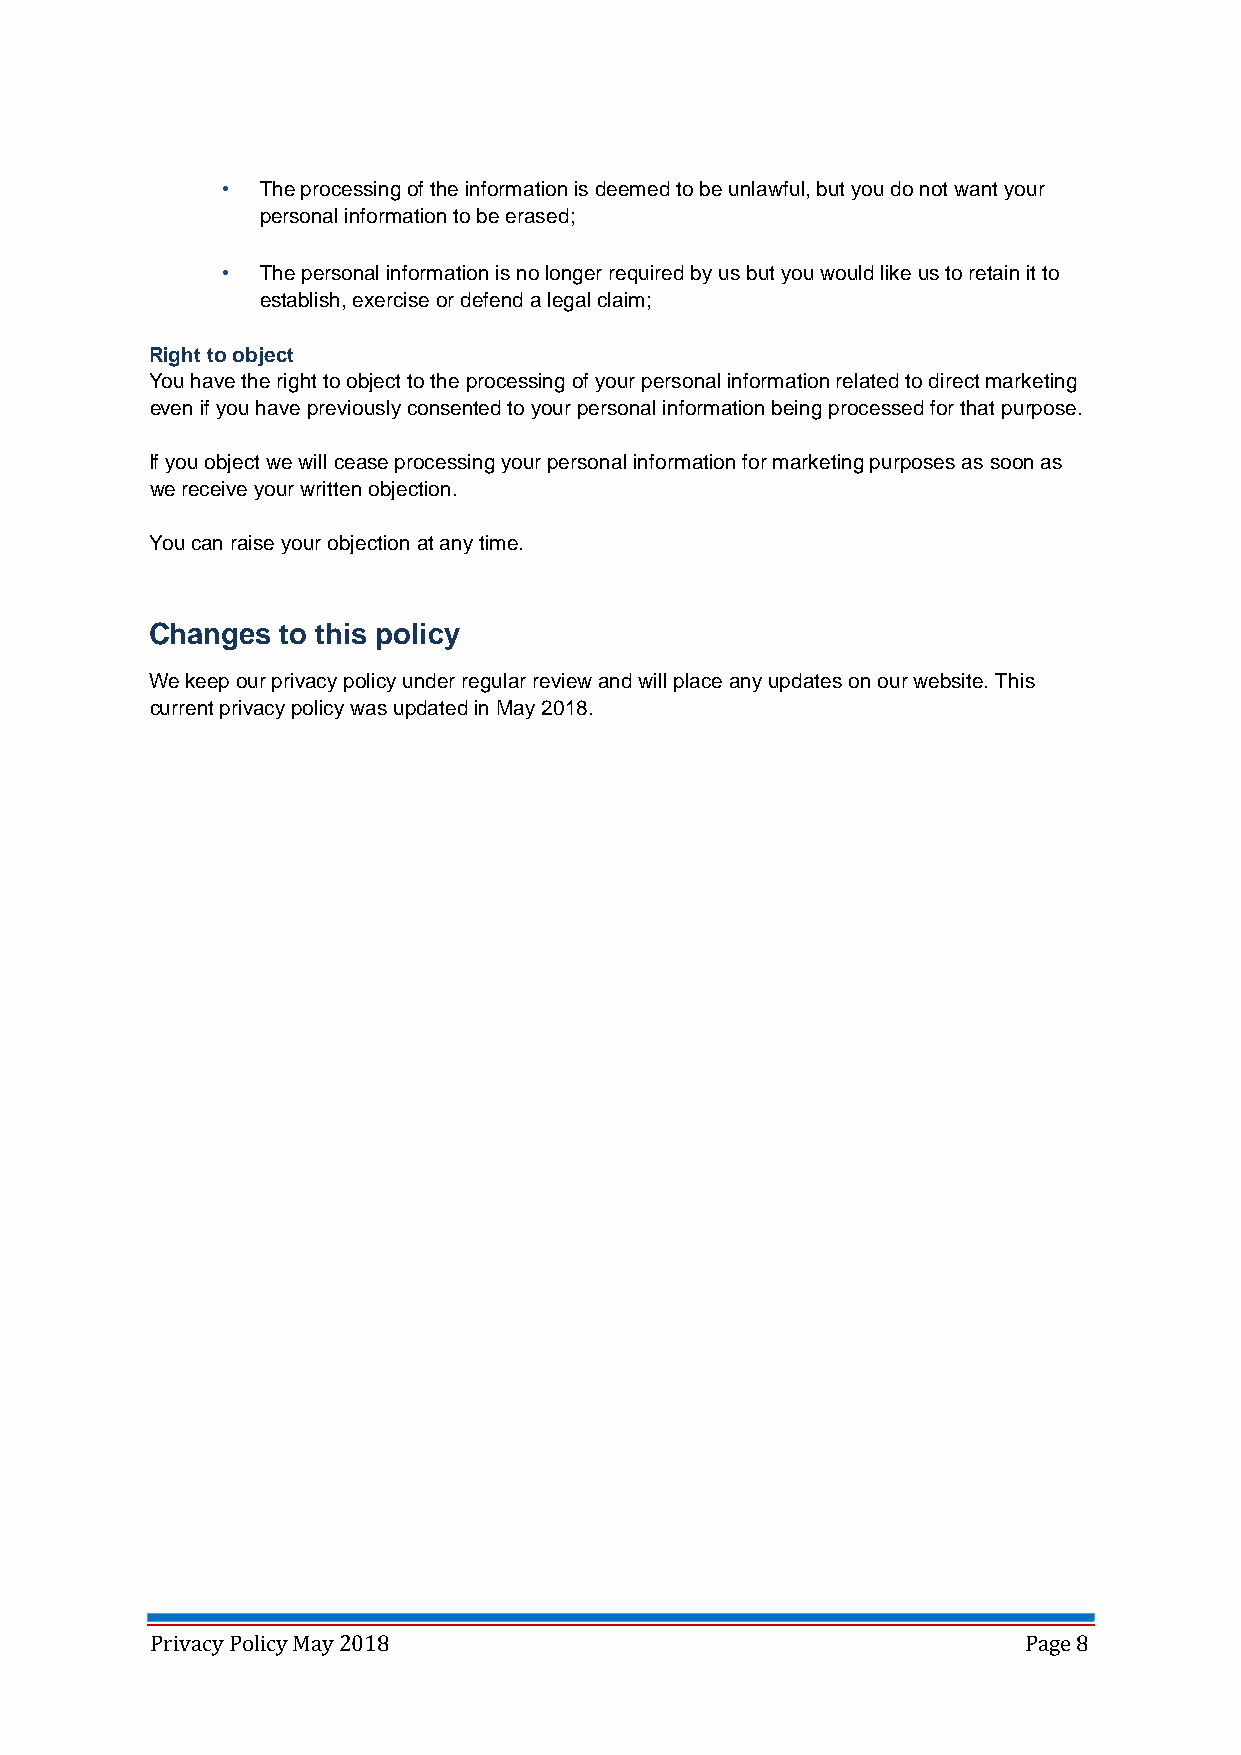
• The processing of the information is deemed to be unlawful, but you do not want your
 personal information to be erased;
 • The personal information is no longer required by us but you would like us to retain it to
 establish, exercise or defend a legal claim;
 Right to object
 You have the right to object to the processing of your personal information related to direct marketing
 even if you have previously consented to your personal information being processed for that purpose.
 If you object we will cease processing your personal information for marketing purposes as soon as
 we receive your written objection.
 You can raise your objection at any time.
 Changes  to this policy
 We keep our privacy policy under regular review and will place any updates on our website. This
 current privacy policy was updated in May 2018.
 Privacy Policy May 2018                                   Page 8